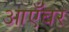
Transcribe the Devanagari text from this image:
आएँबर